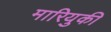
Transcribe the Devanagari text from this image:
मारियुकी